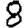
Digit: 8